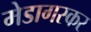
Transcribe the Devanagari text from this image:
मेडागस्कर